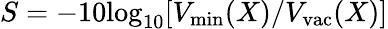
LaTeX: S=-10\mathrm{log}_{10}[V_{\mathrm{min}}(X)/V_{\mathrm{vac}}(X)]